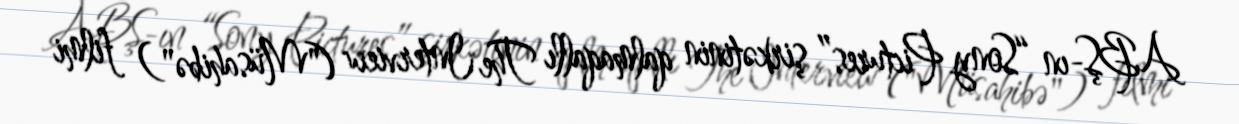
ABŞ-ın “Sony Pictures” şirkətinin qalmaqallı The Interview ("Müsahibə") filmi